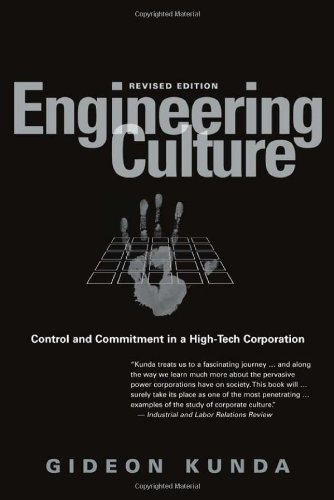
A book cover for Engineering Culture: Control and Commitment in a High-Tech Corporation; Gideon Kunda; Business & Money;